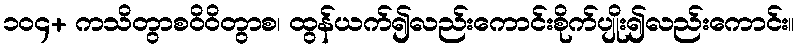
၁၀၄+ ကသိတွာစဝိဝိတွာစ၊ ထွန်ယက်၍လည်းကောင်းစိုက်ပျိုး၍လည်းကောင်း။